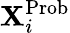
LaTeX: {\mathbf X}_{i}^{\mathrm{Prob}}